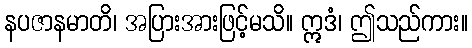
နပဇာနမာတိ၊ အပြားအားဖြင့်မသိ။ ဣဒံ၊ ဤသည်ကား။